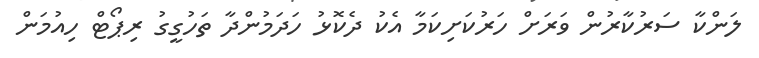
ލަންކާ ސަރުކާރުން ވަރަށް ހަރުކަށިކަމާ އެކު ދެކޮޅު ހަދަމުންދާ ތަހުގީގު ރިޕޯޓް ހިއުމަން